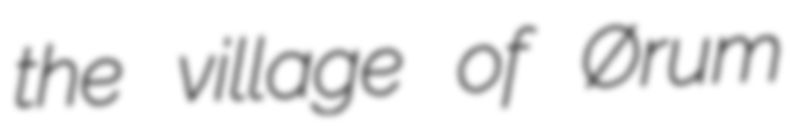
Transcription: the village of Ørum